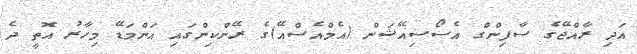
އަދި ރާއްޖޭގެ ސާފިންގް އެސޯސިއޭޝަން (އެމްއެސްއޭ)ގެ ރޭންކިންގައި އަންމަޑޭ މިހާރު އޮތީ ދެ